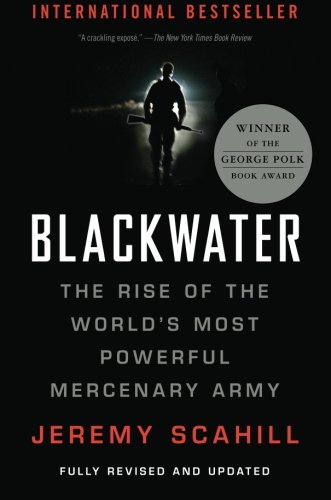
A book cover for Blackwater: The Rise of the World's Most Powerful Mercenary Army [Revised and Updated]; Jeremy Scahill; History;